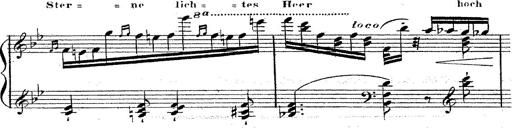
Title: 12 Lieder von Franz Schubert
Composer: Franz Liszt